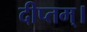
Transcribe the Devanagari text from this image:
दीप्तम्।